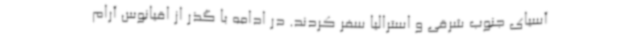
آسیای جنوب شرقی و استرالیا سفر کردند. در ادامه با گذر از اقیانوس آرام